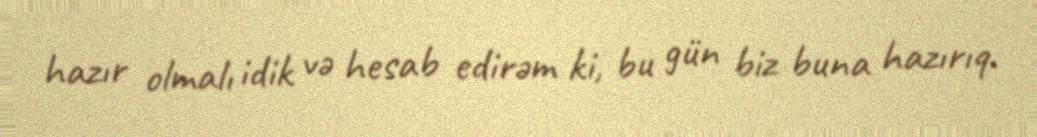
hazır olmalı idik və hesab edirəm ki, bu gün biz buna hazırıq.